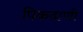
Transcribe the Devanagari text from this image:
पिकदाणी